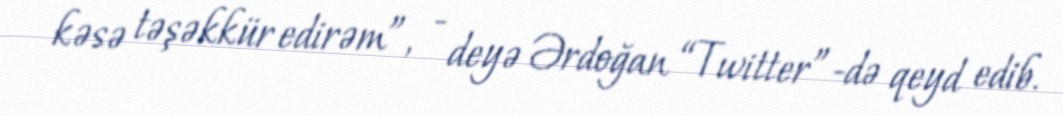
kəsə təşəkkür edirəm”, - deyə Ərdoğan “Twitter”-də qeyd edib.